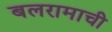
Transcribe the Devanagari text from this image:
बलरामाची